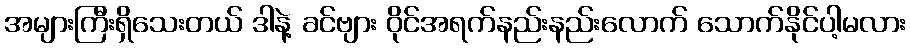
အများကြီးရှိသေးတယ် ဒါနဲ့ ခင်ဗျား ဝိုင်အရက်နည်းနည်းလောက် သောက်နိုင်ပါ့မလား